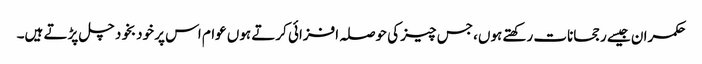
حکمران جیسے رجحانات رکھتے ہوں، جس چیز کی حوصلہ افزائی کرتے ہوں عوام اس پر خودبخود چل پڑتے ہیں۔